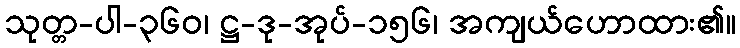
သုတ္တ-ပါ-၃၆၀၊ ဋ္ဌ-ဒု-အုပ်-၁၅၆၊ အကျယ်ဟောထား၏။